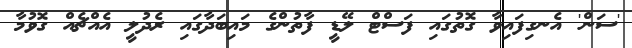
'ސަން' އެނގިފައިވާ ގޮތުގައި ފަސްޓް ލޭޑީ ފާތުންގެ މައިބަދާގައި ރެދުލީ އެއްޗެއް ގޮވުމާ